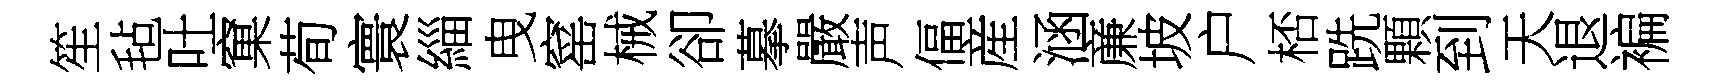
笙毡吐窠荀寰緇曳窰械卻摹嚴声偪産涵亷坡户桮跣顆到天退褊